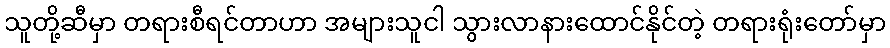
သူတို့ဆီမှာ တရားစီရင်တာဟာ အများသူငါ သွားလာနားထောင်နိုင်တဲ့ တရားရုံးတော်မှာ